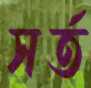
সর্ত